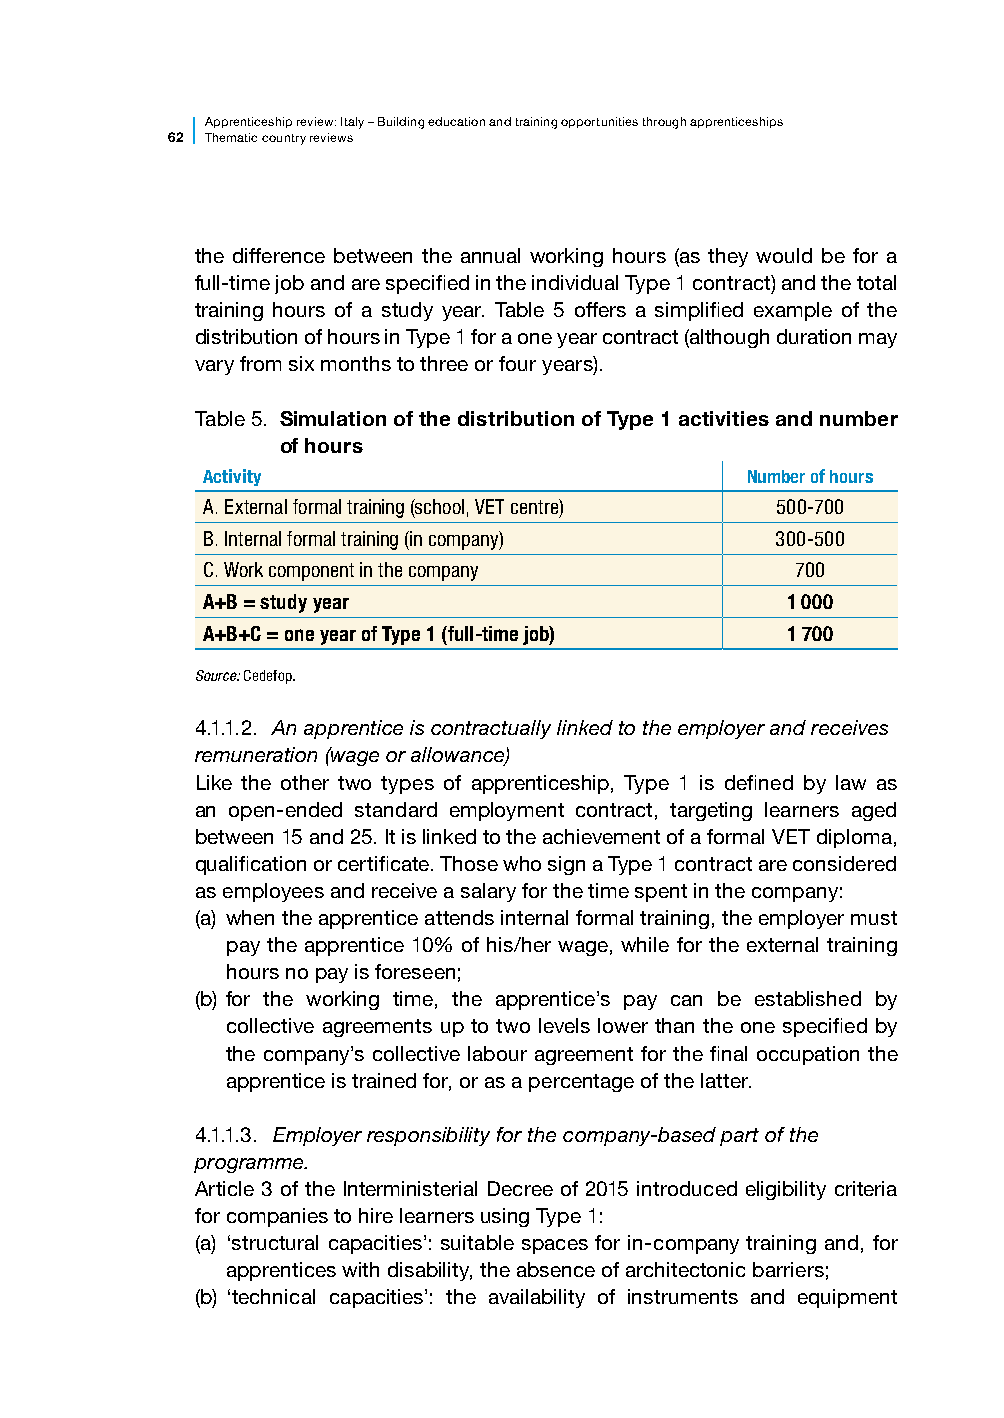
Apprenticesh ip review: Italy – Building education and training opportunities through apprenticeships
 62 Thematic country reviews
 the difference between the annual working hours (as they would be for a
 full-time job and are specified in the individual Type 1 contract) and the total
 training hours of a study year. Table 5 offers a simplified example of the
 distribution of hours in Type 1 for a one year contract (although duration may
 vary from six months to three or four years).
 Table 5. Simulation of the distribution of Type 1 activities and number
 of hours
 Activity                            Number of hours
 A. External formal training (school, VET centre) 500-700
 B. Internal formal training (in company) 300-500
 C. Work component in the company        700
 A+B = study year                       1 000
 A+B+C = one year of Type 1 (full-time job) 1 700
 Source: Cedefop.
 4.1.1.2. An apprentice is contractually linked to the employer and receives
 remuneration (wage or allowance)
 Like the other two types of apprenticeship, Type 1 is defined by law as
 an open-ended standard employment contract, targeting learners aged
 between 15 and 25. It is linked to the achievement of a formal VET diploma,
 qualification or certificate. Those who sign a Type 1 contract are considered
 as employees and receive a salary for the time spent in the company:
 (a) when the apprentice attends internal formal training, the employer must
 pay the apprentice 10% of his/her wage, while for the external training
 hours no pay is foreseen;
 (b) for the working time, the apprentice’s pay can be established by
 collective agreements up to two levels lower than the one specified by
 the company’s collective labour agreement for the final occupation the
 apprentice is trained for, or as a percentage of the latter.
 4.1.1.3. Employer responsibility for the company-based part of the
 programme.
 Article 3 of the Interministerial Decree of 2015 introduced eligibility criteria
 for companies to hire learners using Type 1:
 (a) ‘structural capacities’: suitable spaces for in-company training and, for
 apprentices with disability, the absence of architectonic barriers;
 (b) ‘technical capacities’: the availability of instruments and equipment